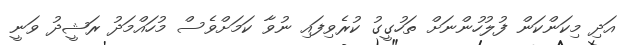
އަދި މިކަންކަން ފުލުހުންނަށް ތަހުގީގު ކުރެވިފައި ނުވާ ކަމަށްވެސް މުހައްމަދު ރަޝީދު ވަނީ